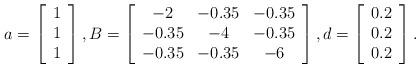
LaTeX: \begin{align*}a = \left[\begin{array}{c} 1 \\ 1 \\ 1 \end{array} \right],B = \left[\begin{array}{ccc} -2 & -0.35 & -0.35 \\ -0.35 & -4 & -0.35 \\ -0.35 & -0.35 & -6\end{array} \right],d = \left[\begin{array}{c} 0.2 \\ 0.2 \\ 0.2 \end{array} \right].\end{align*}